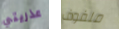
عذريتي ملفوف